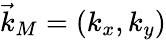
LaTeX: \vec{k}_{M}=(k_{x},k_{y})